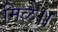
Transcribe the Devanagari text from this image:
मिळे।।